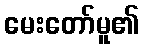
မေးတော်မူ၏